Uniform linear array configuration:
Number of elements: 24
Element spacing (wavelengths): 1
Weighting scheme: exponential
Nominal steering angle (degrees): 30
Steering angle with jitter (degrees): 29.111
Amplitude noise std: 0.05
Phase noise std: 0.05

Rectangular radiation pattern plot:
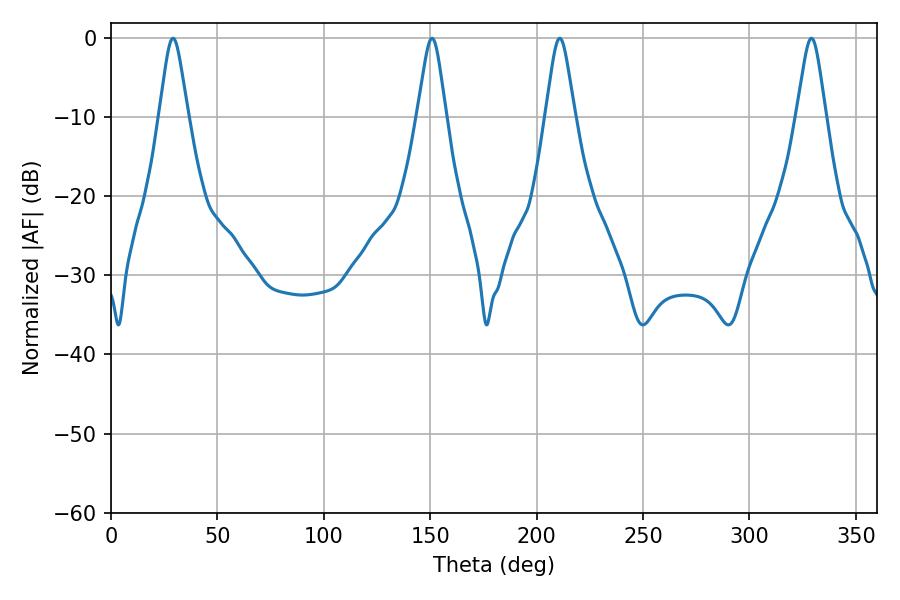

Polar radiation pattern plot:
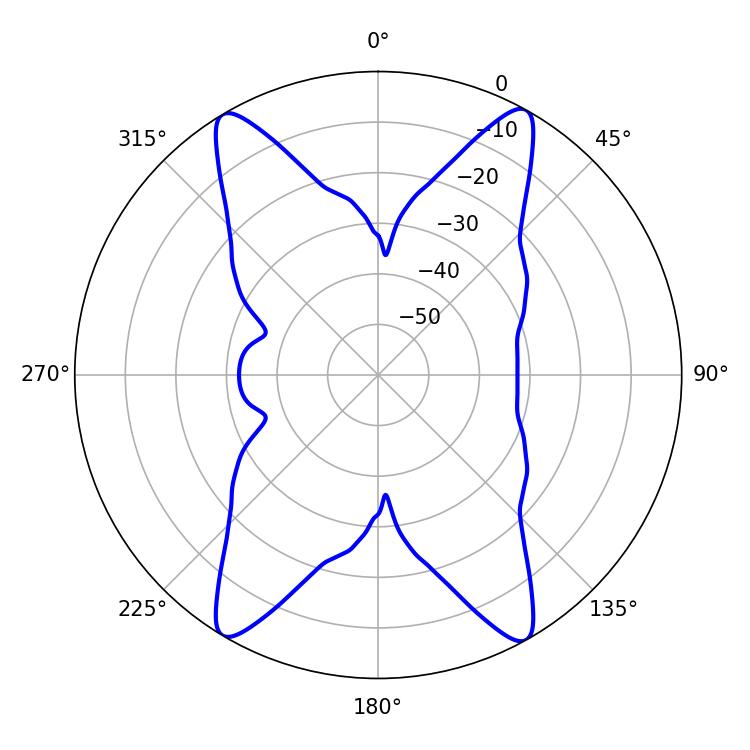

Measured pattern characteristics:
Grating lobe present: TRUE
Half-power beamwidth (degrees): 6.48
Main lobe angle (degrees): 29.16